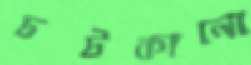
চটকানো